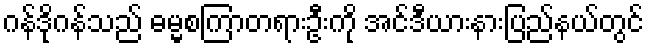
ဂန်ဒိုဂန်သည် ဓမ္မစကြာတရားဦးကို အင်ဒီယားနားပြည်နယ်တွင်